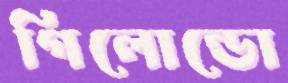
গিলোন্ডো